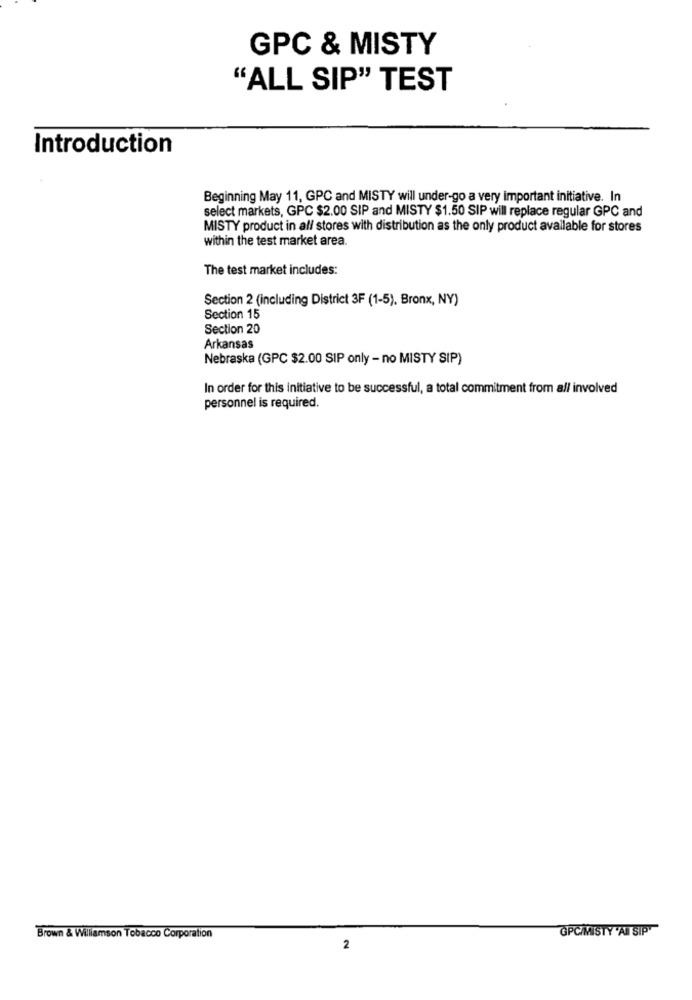
GPC & MISTY
"ALL SIP" TEST
Introduction
Beginning May 11, GPC and MISTY will under-go a very important initiative. In
select markets, GPC $2.00 SIP and MISTY $1.50 SIP will replace regular GPC and
MISTY product in all stores with distribution as the only product available for stores
within the test market area.
The test market includes:
Section 2 (including District 3F (1-5), Bronx, NY)
Section 15
Section 20
Arkansas
Nebraska (GPC $2.00 SIP only - no MISTY SIP)
In order for this initiative to be successful, a total commitment from all involved
personnel is required.
GPC/MISTY 'AI SIP
Brown & Williamson Tobacco Corporation
2